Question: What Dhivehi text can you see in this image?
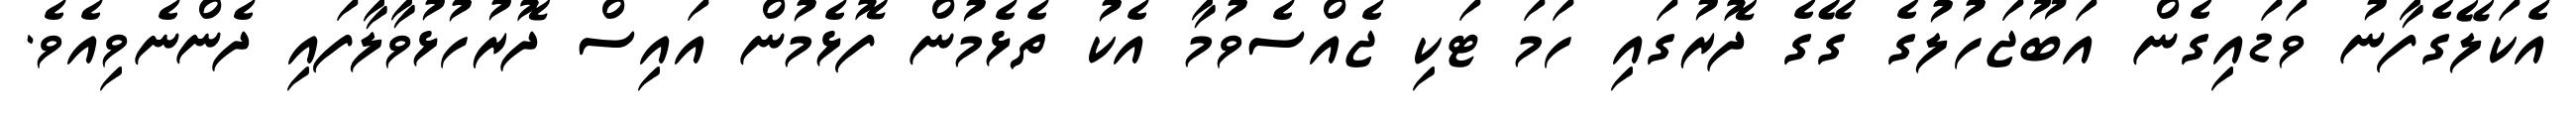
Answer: އެކަލޭގެފާނު ވަޑައިގެން އަބޫޖަހުލުގެ ގޭގެ ދޮރުގައި ހަމަ ޓަކި ޖެއްސެވުމާ އެކު ތެޅެމުން ފޮޅެމުން އައިސް ދޮރުހުޅުވާލާފައި ދެންނެވިއެވެ.